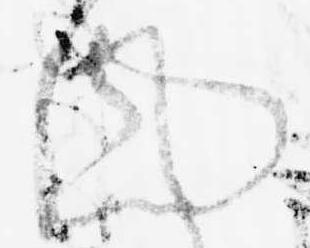
風